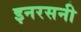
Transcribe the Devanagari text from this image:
इनरसनी